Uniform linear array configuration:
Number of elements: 48
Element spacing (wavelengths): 0.25
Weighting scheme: cosine
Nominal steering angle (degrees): -45
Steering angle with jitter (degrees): -43.431
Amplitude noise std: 0.05
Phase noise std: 0.05

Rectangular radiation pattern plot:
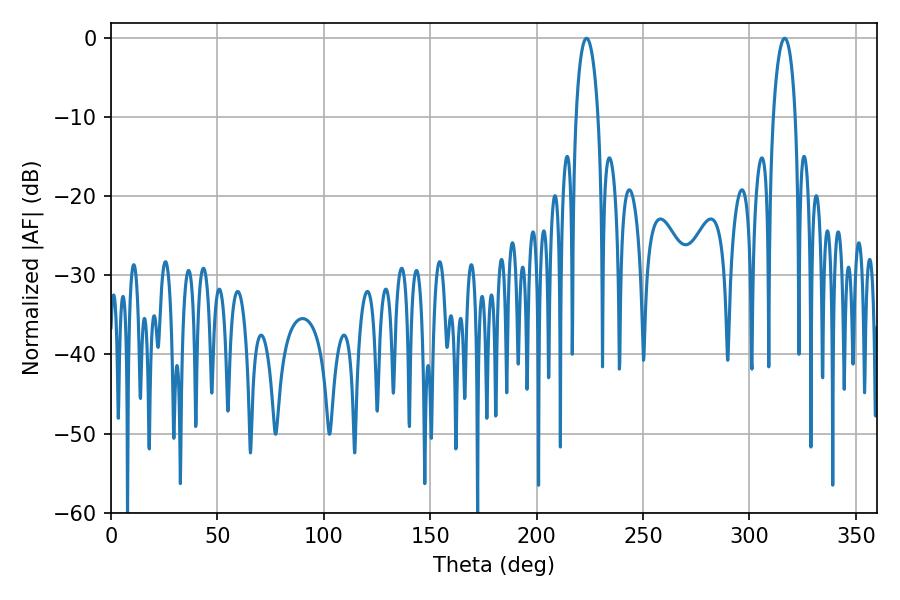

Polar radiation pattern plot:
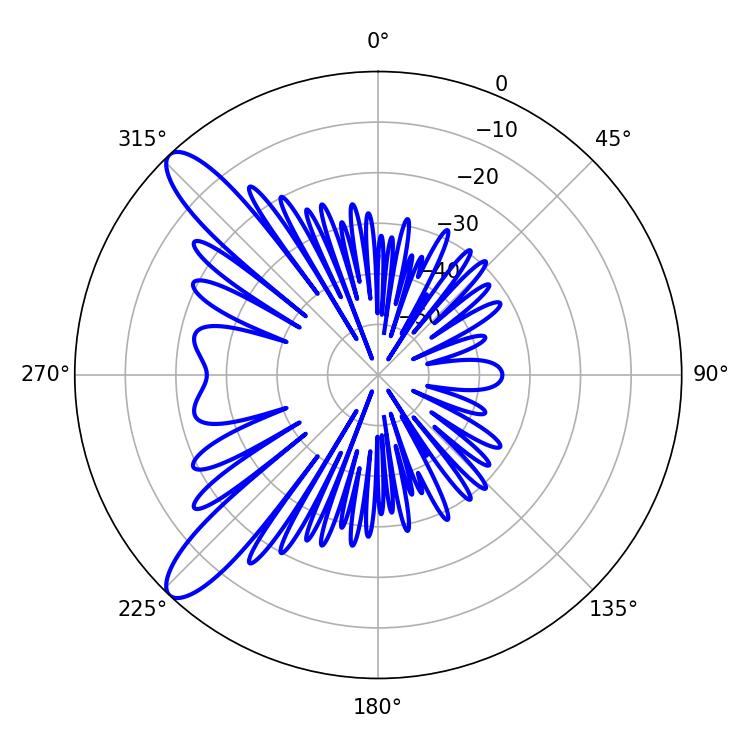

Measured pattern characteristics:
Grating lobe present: FALSE
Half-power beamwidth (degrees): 5.94
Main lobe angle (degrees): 223.38